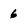
Character: 6